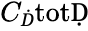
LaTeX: C_{Ḋ}\mathrm{totḌ}